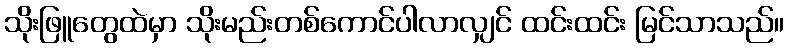
သိုးဖြူတွေထဲမှာ သိုးမည်းတစ်ကောင်ပါလာလျှင် ထင်းထင်း မြင်သာသည်။